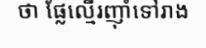
ថា ផ្លែល្មើរញ៉ាំទៅរាង